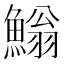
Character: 䱵